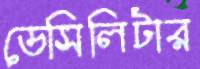
ডেসিলিটার